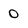
Character: 0